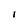
Character: I